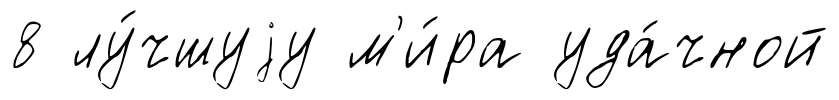
8 лу́чшуjу м'и́ра уда́чной